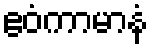
ဧဝံကာမာနံ